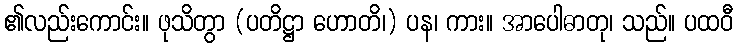
၏လည်းကောင်း။ ဖုသိတွာ (ပတိဋ္ဌာ ဟောတိ၊) ပန၊ ကား။ အာပေါဓာတု၊ သည်။ ပထဝီ